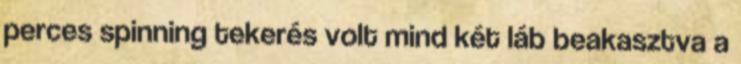
perces spinning tekerés volt mind két láb beakasztva a